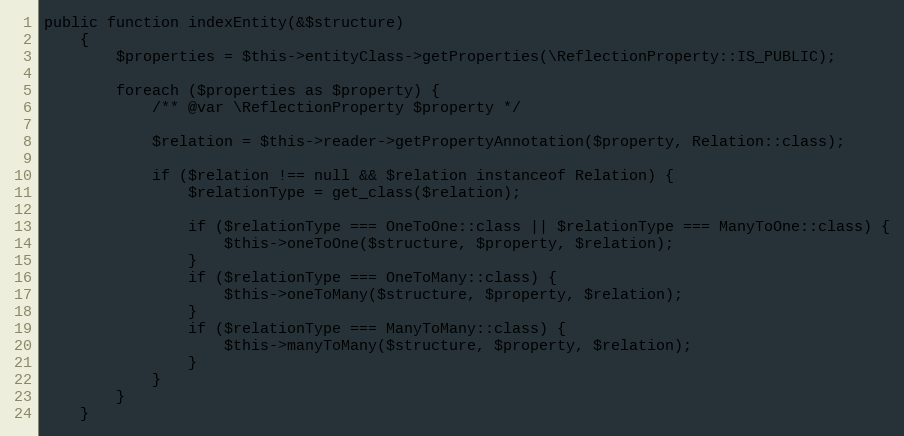
Language: PHP
public function indexEntity(&$structure)
    {
        $properties = $this->entityClass->getProperties(\ReflectionProperty::IS_PUBLIC);

        foreach ($properties as $property) {
            /** @var \ReflectionProperty $property */

            $relation = $this->reader->getPropertyAnnotation($property, Relation::class);

            if ($relation !== null && $relation instanceof Relation) {
                $relationType = get_class($relation);

                if ($relationType === OneToOne::class || $relationType === ManyToOne::class) {
                    $this->oneToOne($structure, $property, $relation);
                }
                if ($relationType === OneToMany::class) {
                    $this->oneToMany($structure, $property, $relation);
                }
                if ($relationType === ManyToMany::class) {
                    $this->manyToMany($structure, $property, $relation);
                }
            }
        }
    }